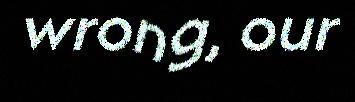
wrong, our